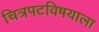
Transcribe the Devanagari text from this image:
चित्रपटविषयाला